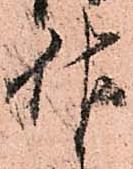
佐